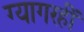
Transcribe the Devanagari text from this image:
ग्यागरहीं